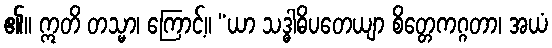
၏။ ဣတိ တသ္မာ၊ ကြောင့်။ “ယာ သဒ္ဓါဓိပတေယျာ စိတ္တေကဂ္ဂတာ၊ အယံ